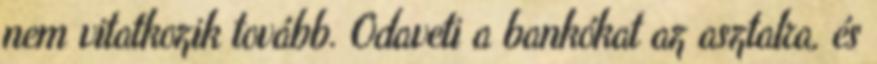
nem vitatkozik tovább. Odaveti a bankókat az asztalra, és